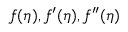
f ( \eta ) , f ^ { \prime } ( \eta ) , f ^ { \prime \prime } ( \eta )